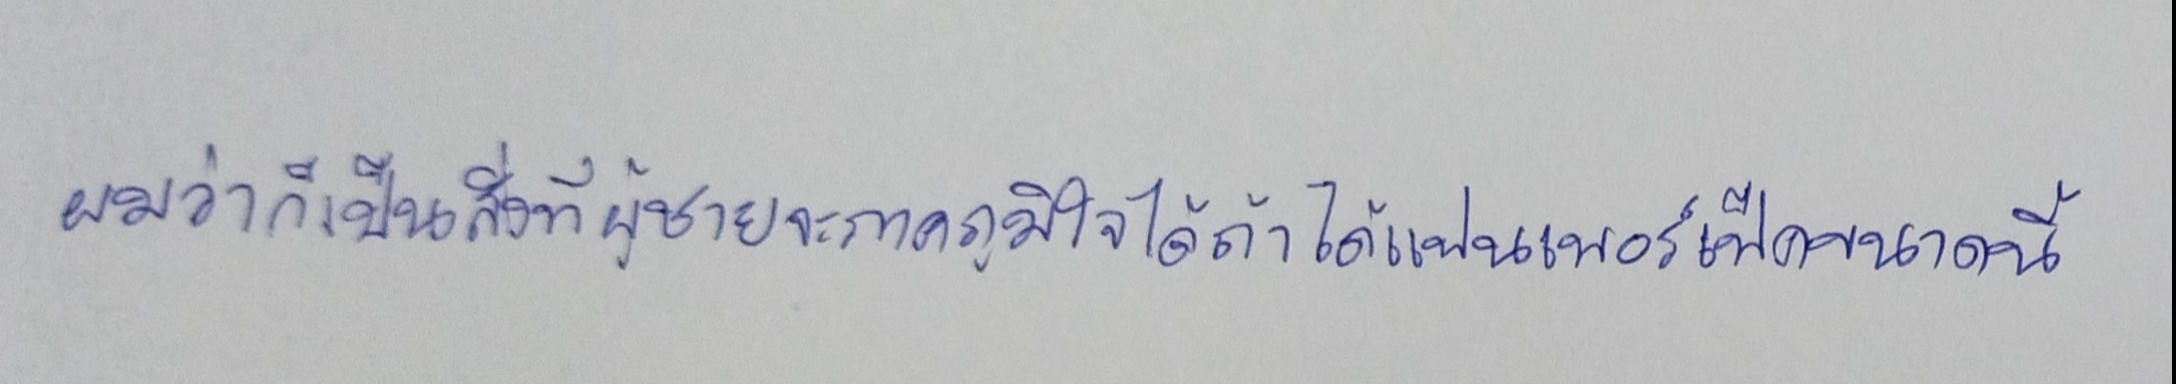
ผมว่าก็เป็นสิ่งที่ผู้ชายจะภาคภูมิใจได้ถ้าได้แฟนเพอร์เฟ็คขนาดนี้